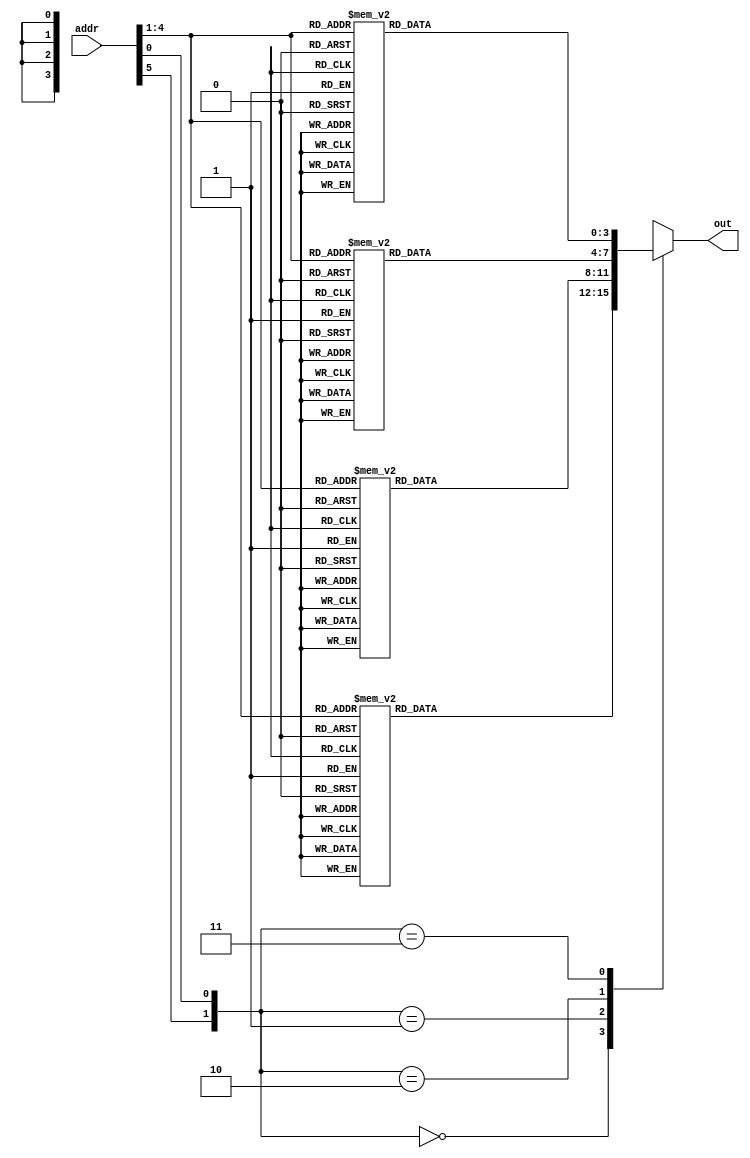
module S7_ROM(addr, out);

	input [5:0] addr;
	output reg [3:0] out;

	wire [1:0] row;
	wire [3:0] col;

	assign row = {addr[5], addr[0]};
	assign col = addr[4:1];

	always @(addr) begin
		case(row)

			0:
				case(col)
					0: out = 4;
					1: out = 11;
					2: out = 2;
					3: out = 14;
					4: out = 15;
					5: out = 0;
					6: out = 8;
					7: out = 13;
					8: out = 3;
					9: out = 12;
					10: out = 9;
					11: out = 7;
					12: out = 5;
					13: out = 10;
					14: out = 6;
					15: out = 1;
				endcase

			1:
				case(col)
                                        0: out = 13;
                                        1: out = 0;
                                        2: out = 11;
                                        3: out = 7;
                                        4: out = 4;
                                        5: out = 9;
                                        6: out = 1;
                                        7: out = 10;
                                        8: out = 14;
                                        9: out = 3;
                                        10: out = 5;
                                        11: out = 12;
                                        12: out = 2;
                                        13: out = 15;
                                        14: out = 8;
                                        15: out = 6;
				endcase

			2:
				case(col)
                                        0: out = 1;
                                        1: out = 4;
                                        2: out = 11;
                                        3: out = 13;
                                        4: out = 12;
                                        5: out = 3;
                                        6: out = 7;
                                        7: out = 14;
                                        8: out = 10;
                                        9: out = 15;
                                        10: out = 6;
                                        11: out = 8;
                                        12: out = 0;
                                        13: out = 5;
                                        14: out = 9;
                                        15: out = 2;

				endcase

			3:
				case(col)
                                        0: out = 6;
                                        1: out = 11;
                                        2: out = 13;
                                        3: out = 8;
                                        4: out = 1;
                                        5: out = 4;
                                        6: out = 10;
                                        7: out = 7;
                                        8: out = 9;
                                        9: out = 5;
                                        10: out = 0;
                                        11: out = 15;
                                        12: out = 14;
                                        13: out = 2;
                                        14: out = 3;
                                        15: out = 12;

				endcase
		endcase
	end 	

endmodule